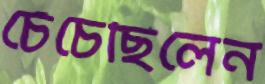
চেঁচেছিলেন